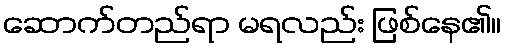
ဆောက်တည်ရာ မရလည်း ဖြစ်နေ၏။